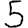
Digit: 5